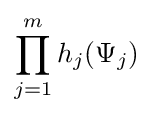
\prod _{j=1}^{m}h_{j}(\Psi _{j})